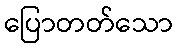
ပြောတတ်သော